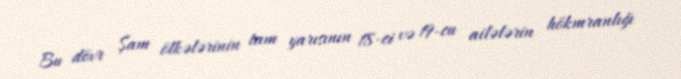
Bu dövr Şam ölkələrinin tam yarısının 18-ci və 19-cu ailələrin hökmranlığı